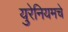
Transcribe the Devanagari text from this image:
युरेनियमचे